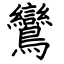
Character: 鸞